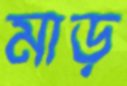
মাড়